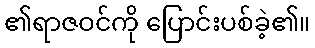
၏ရာဇဝင်ကို ပြောင်းပစ်ခဲ့၏။